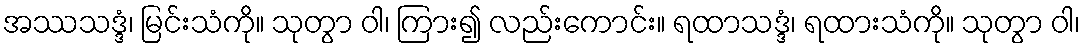
အဿသဒ္ဒံ၊ မြင်းသံကို။ သုတွာ ဝါ၊ ကြား၍ လည်းကောင်း။ ရထာသဒ္ဒံ၊ ရထားသံကို။ သုတွာ ဝါ၊